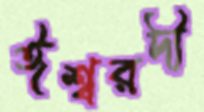
ঈশ্বরদী